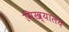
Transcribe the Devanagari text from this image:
मिख्यालय